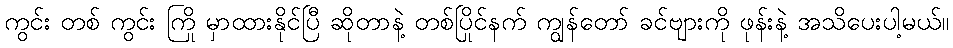
ကွင်း တစ် ကွင်း ကြို မှာထားနိုင်ပြီ ဆိုတာနဲ့ တစ်ပြိုင်နက် ကျွန်တော် ခင်ဗျားကို ဖုန်းနဲ့ အသိပေးပါ့မယ်။